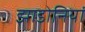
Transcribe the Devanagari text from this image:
झाडोनियां